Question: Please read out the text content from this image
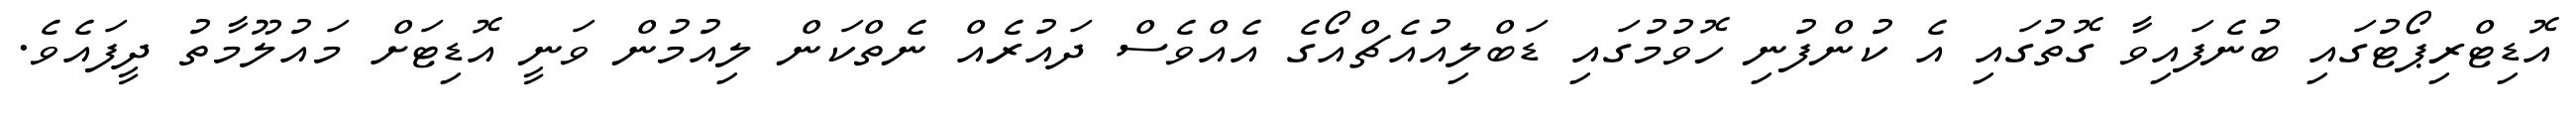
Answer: އޮޑިޓްރިޕޯޓުގައި ބުނެފައިވާ ގޮތުގައި އެ ކުންފުނި ހޮވުމުގައި ޑަބްލިއުއެޗްއޯގެ އެއްވެސް ދައުރެއް ނެތްކަން ލިއުމުން ވަނީ އޮޑިޓަށް މައުލޫމާތު ދީފައެވެ.